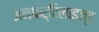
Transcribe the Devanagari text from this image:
अनफर्टिलाइज्ड